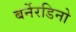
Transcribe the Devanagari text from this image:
बर्नेरडिनो